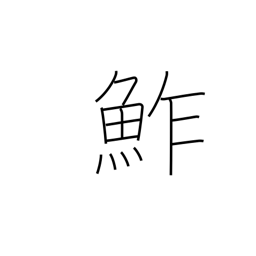
Meaning: sushi